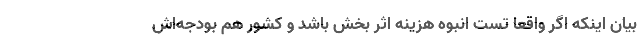
بیان اینکه اگر واقعا تست انبوه هزینه اثر بخش باشد و کشور هم بودجه‌اش